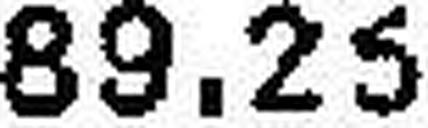
89.25